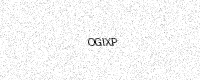
Text: OGIXP